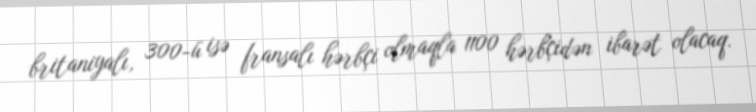
britaniyalı, 300-ü isə fransalı hərbçi olmaqla 1100 hərbçidən ibarət olacaq.